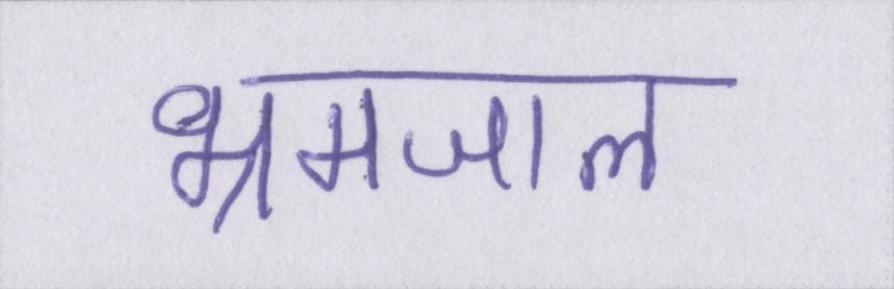
भ्रमजाल